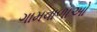
ગામવાળાઓ